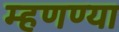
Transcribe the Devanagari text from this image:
म्हणण्या